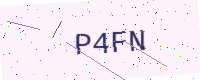
Text: P4FN